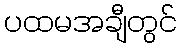
ပထမအချီတွင်